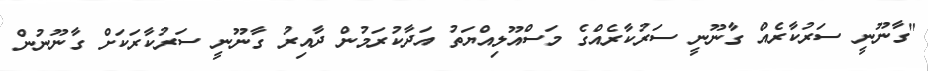
"ގާނޫނީ ސަރުކާރެއް ގާނޫނީ ސަރުކާރެއްގެ މަސްއޫލިއްޔަތު އަދާކުރަމުން ދާއިރު ގާނޫނީ ސަރުކާރަކަށް ގާނޫނުން